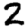
Digit: 2